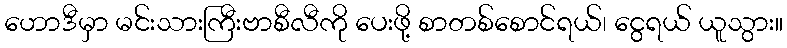
ဟောဒီမှာ မင်းသားကြီးဗာစီလီကို ပေးဖို့ စာတစ်စောင်ရယ်၊ ငွေရယ် ယူသွား။